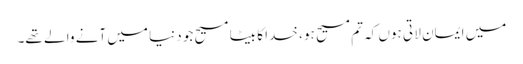
میں ایمان لا تی ہوں کہ تم مسیح ہو ، خدا کا بیٹا مسیح جو دنیا میں آنے وا لے تھے۔